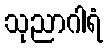
သုညာဂါရံ